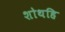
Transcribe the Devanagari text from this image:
शोथहि